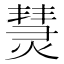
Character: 熭